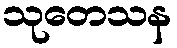
သုတေသန